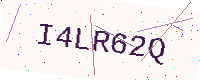
Text: I4LR62Q